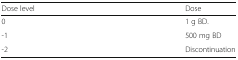
<table><thead><tr><td><b>Dose level</b></td><td><b>Dose</b></td></tr></thead><tbody><tr><td>0</td><td>1 g BD.</td></tr><tr><td>-1</td><td>500 mg BD</td></tr><tr><td>-2</td><td>Discontinuation</td></tr></tbody></table>